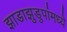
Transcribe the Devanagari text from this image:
झाडाझुडुपांमध्ये